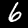
Label: 6